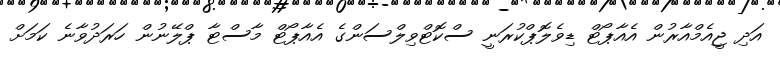
އަދި ޖީއެމްއާރުން އެއާޕޯޓް ޑިވެލޮޕްކުރަނީ ސްކޮޓްވިލްސަންގެ އެއާޕޯޓް މާސްޓާ ޕްލޭނުން ހަރަދުވާނެ ކަމަށް